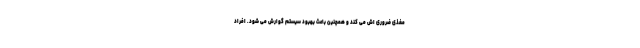
مغذی ضروری اش می کند و همچنین باعث بهبود سیستم گوارش می شود. افراد